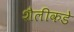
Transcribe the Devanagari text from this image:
शैलीकडे